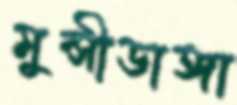
মুন্সীডাঙ্গা